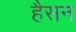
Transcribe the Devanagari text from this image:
हैसन